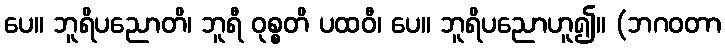
ပေ။ ဘူရိပညောတိ၊ ဘူရီ ဝုစ္စတိ ပထဝီ၊ ပေ။ ဘူရိပညောဟူ၍။ (ဘဂဝတာ